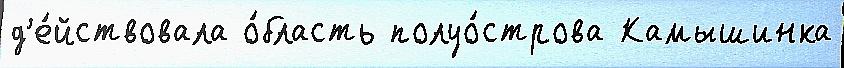
д'е́йствовала о́бласть полуо́строва Камышинка